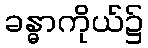
ခန္ဓာကိုယ်၌